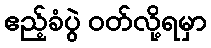
ဧည့်ခံပွဲ ဝတ်လို့ရမှာ